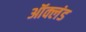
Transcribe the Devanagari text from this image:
ऑक्लंड